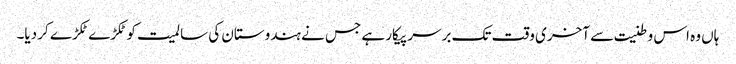
ہاں وہ اس وطنیت سے آخری وقت تک برسر پیکار ہے جس نے ہندوستان کی سالمیت کو ٹکڑے ٹکڑے کر دیا۔